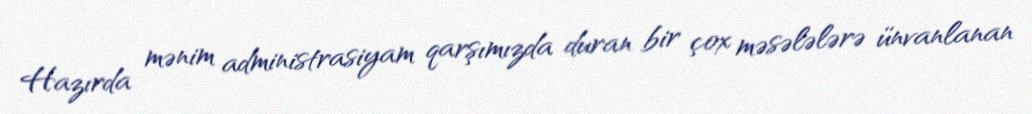
Hazırda mənim administrasiyam qarşımızda duran bir çox məsələlərə ünvanlanan